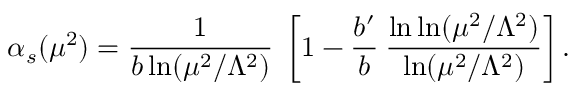
\alpha _ { s } ( \mu ^ { 2 } ) = \frac { 1 } { b \ln ( \mu ^ { 2 } / \Lambda ^ { 2 } ) } \; \left[ 1 - \frac { b ^ { \prime } } { b } \: \frac { \ln \ln ( \mu ^ { 2 } / \Lambda ^ { 2 } ) } { \ln ( \mu ^ { 2 } / \Lambda ^ { 2 } ) } \right] .